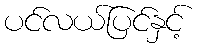
ပင်လယ်ပြင်နှင့်